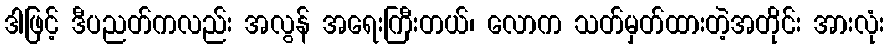
ဒါဖြင့် ဒီပညတ်ကလည်း အလွန် အရေးကြီးတယ်၊ လောက သတ်မှတ်ထားတဲ့အတိုင်း အားလုံး